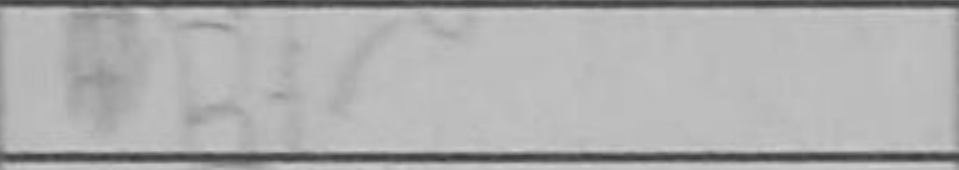
Transcription: Bf7